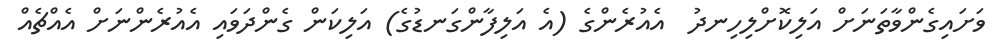
ވަށައިިގެންވާތަނަށް އަލިކޮށްލިހިނދު  އެއުރެންގެ (އެ އަލިފާންގަނޑުގެ) އަލިިކަން ގެންދަވައި އެއުރެންނަށް އެއްޗެއް